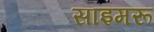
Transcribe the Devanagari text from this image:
साइमरू